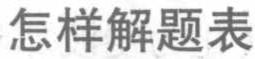
怎样解题表